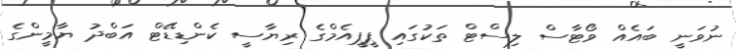
ނުވަނީ ބައެއް ވޯޓާސް ލިސްޓް ތަކުގައި ޕީޕީއެމްގެ ރިޔާސީ ކެންޑިޑޭޓް އަބްދު ޔާމީންގެ